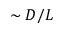
\sim D / L